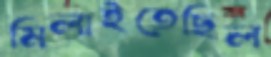
মিলাইতেছিল